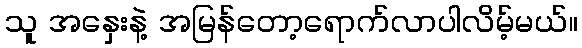
သူ အနှေးနဲ့ အမြန်တော့ရောက်လာပါလိမ့်မယ်။